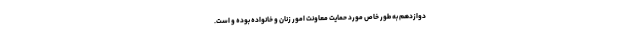
دوازدهم به طور خاص مورد حمایت معاونت امور زنان و خانواده بوده و است.